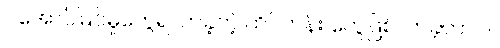
ပဲအောင်မြင်မှုတွေရလာခဲ့တဲ့ ထိပ်တန်း တွေဖြစ်လာခဲ့တာပါ။